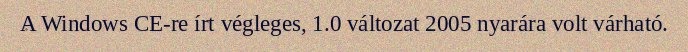
A Windows CE-re írt végleges, 1.0 változat 2005 nyarára volt várható.